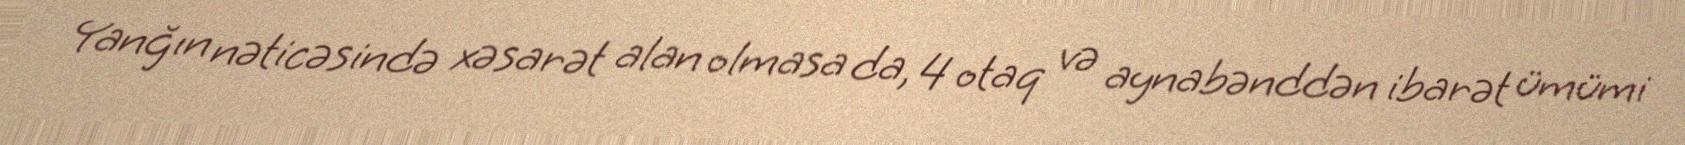
Yanğın nəticəsində xəsarət alan olmasa da, 4 otaq və aynabənddən ibarət ümümi